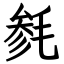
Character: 毵